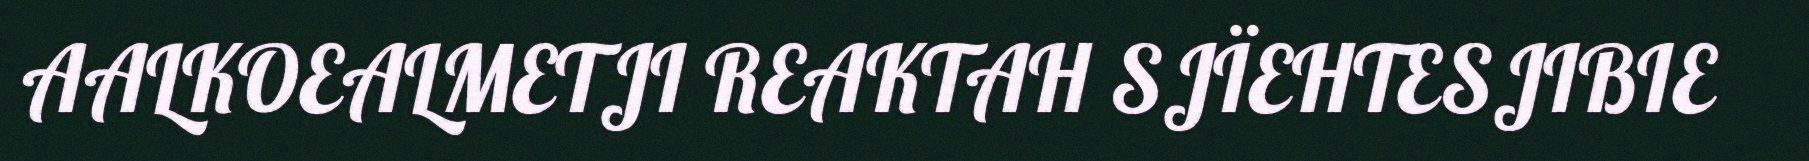
AALKOEALMETJI REAKTAH SJÏEHTESJIBIE